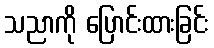
သညာကို ပြောင်းထားခြင်း